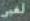
لفر